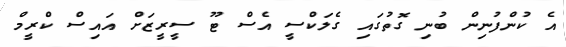
އެ ކުންފުނިން ބުނި ގޮތުގައި ގެލަކްސީ އެސް ޓޫ ސީރީޒަށް އައިސް ކްރީމް